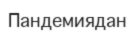
Пандемиядан